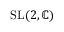
{ \mathrm { S L } } ( 2 , \mathbb { C } )